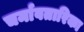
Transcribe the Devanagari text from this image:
चर्मावतारिका